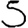
Digit: 5